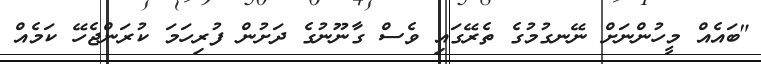
"ބައެއް މީހުންނަށް ނޭނގުމުގެ ތެރޭގައި ވެސް ގާނޫނުގެ ދަށުން ފުރިހަމަ ކުރަންޖެހޭ ކަމެއް